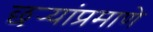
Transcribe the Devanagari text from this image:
छर्‍यांप्रमाणे